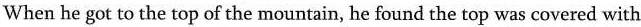
When he got to the top of the mountain, he found the top was covered with